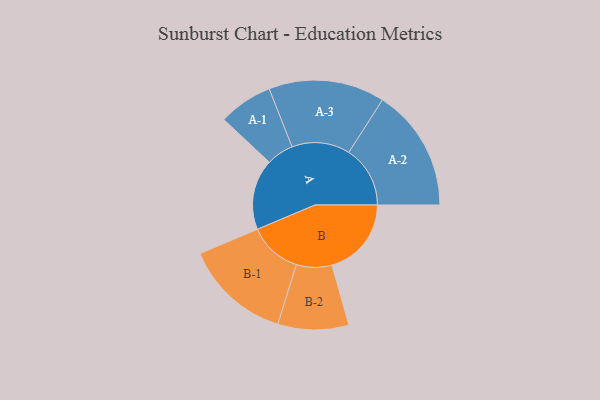
{"axis": {"x": "Segment", "y": "Value"}, "legend": ["", "A", "B"], "data": [{"x": "A", "y": 297, "type": ""}, {"x": "B", "y": 334, "type": ""}, {"x": "A-1", "y": 114, "type": "A"}, {"x": "A-2", "y": 258, "type": "A"}, {"x": "A-3", "y": 244, "type": "A"}, {"x": "B-1", "y": 224, "type": "B"}, {"x": "B-2", "y": 149, "type": "B"}]}